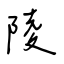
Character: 陵